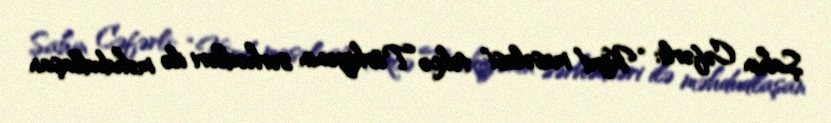
Şahin Cəfərli: “Kürd məsələsi" təkcə Türkiyənin sərhədləri ilə məhdudlaşan